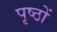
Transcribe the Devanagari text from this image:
पृष्‍ठों